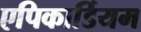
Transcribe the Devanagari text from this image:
एपिकार्डियम